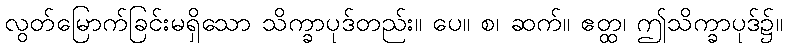
လွတ်မြောက်ခြင်းမရှိသော သိက္ခာပုဒ်တည်း။ ပေ။ စ၊ ဆက်။ ဧတ္ထ၊ ဤသိက္ခာပုဒ်၌။